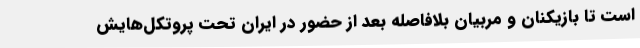
است تا بازیکنان و مربیان بلافاصله بعد از حضور در ایران تحت پروتکل‌هایش